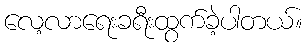
လေ့လာရေးခရီးထွက်ခဲ့ပါတယ်။